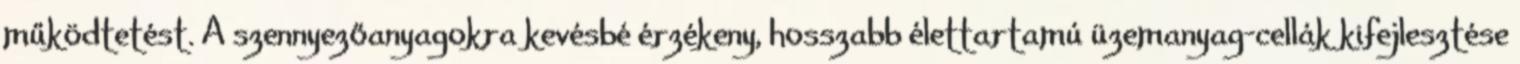
működtetést. A szennyezőanyagokra kevésbé érzékeny, hosszabb élettartamú üzemanyag-cellák kifejlesztése